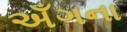
અઁગના